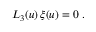
L _ { 3 } ( u ) \, \xi ( u ) = 0 \ .